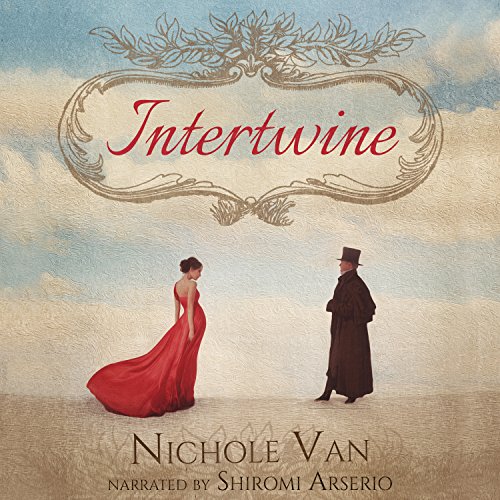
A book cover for Intertwine: House of Oak, Book 1; Nichole Van; Romance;